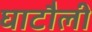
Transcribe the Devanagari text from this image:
घाटौली